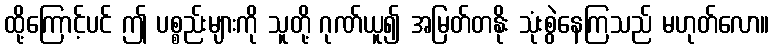
ထို့ကြောင့်ပင် ဤ ပစ္စည်းများကို သူတို့ ဂုဏ်ယူ၍ အမြတ်တနိုး သုံးစွဲနေကြသည် မဟုတ်လော။